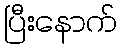
ပြီးနောက်